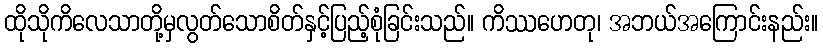
ထိုသိုကိလေသာတို့မှလွတ်သောစိတ်နှင့်ပြည့်စုံခြင်းသည်။ ကိဿဟေတု၊ အဘယ်အကြောင်းနည်း။